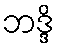
ဘဒ္ဒိ